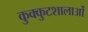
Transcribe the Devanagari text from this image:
कुक्कुटशालाओं